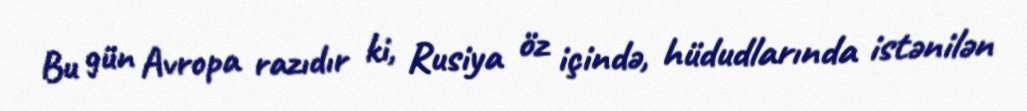
Bu gün Avropa razıdır ki, Rusiya öz içində, hüdudlarında istənilən